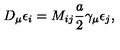
D _ { \mu } \epsilon _ { i } = M _ { i j } \frac { a } { 2 } \gamma _ { \mu } \epsilon _ { j } ,